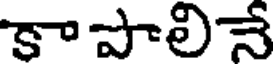
కా పాలినే